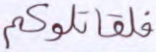
فلقاتلوكم